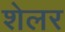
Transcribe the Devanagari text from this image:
शेलर